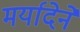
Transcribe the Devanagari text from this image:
मर्यादेने